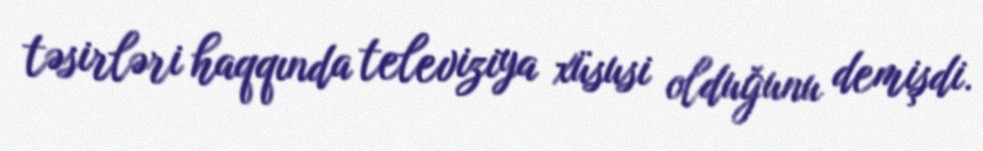
təsirləri haqqında televiziya xüsusi olduğunu demişdi.